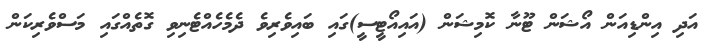
އަދި އިންޑިއަން އޯޝަން ޓޫނާ ކޮމިޝަން (އައިއޯޓީސީ)ގައި ބައިވެރިވެ ދެމެހެއްޓެނިވި ގޮތެއްގައި މަސްވެރިކަން